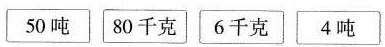
\boxed{50吨} \boxed{80千克} \boxed{6千克} \boxed{4吨}